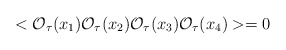
\begin{align*}<\mathcal{O}_\tau(x_1)\mathcal{O}_\tau(x_2)\mathcal{O}_\tau(x_3)\mathcal{O}_\tau(x_4)> = 0\end{align*}